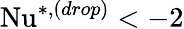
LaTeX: \mathrm{Nu}^{*,(drop)}<-2